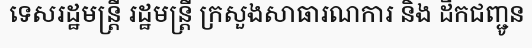
ទេសរដ្ឋមន្ត្រី រដ្ឋមន្ត្រី ក្រសួងសាធារណការ និង ដឹកជញ្ជូន